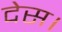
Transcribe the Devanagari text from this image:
देस।